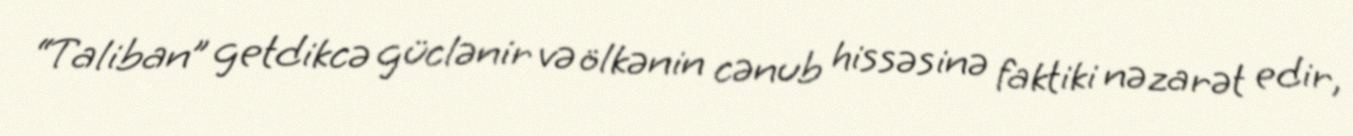
“Taliban” getdikcə güclənir və ölkənin cənub hissəsinə faktiki nəzarət edir,